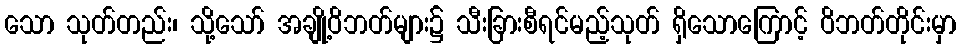
သော သုတ်တည်း၊ သို့သော် အချို့ဝိဘတ်များ၌ သီးခြားစီရင်မည့်သုတ် ရှိသောကြောင့် ဝိဘတ်တိုင်းမှာ